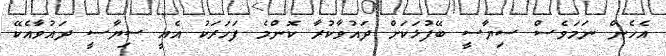
އެހެން ނަމަވެސް ސިޔާސީ ބޭފުޅަކަށް ދައުވާކުރާ ކޮންމެ ފަހަރަކު އެއީ ސިޔާސީ ދައުވާއެކޭ